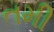
તમી